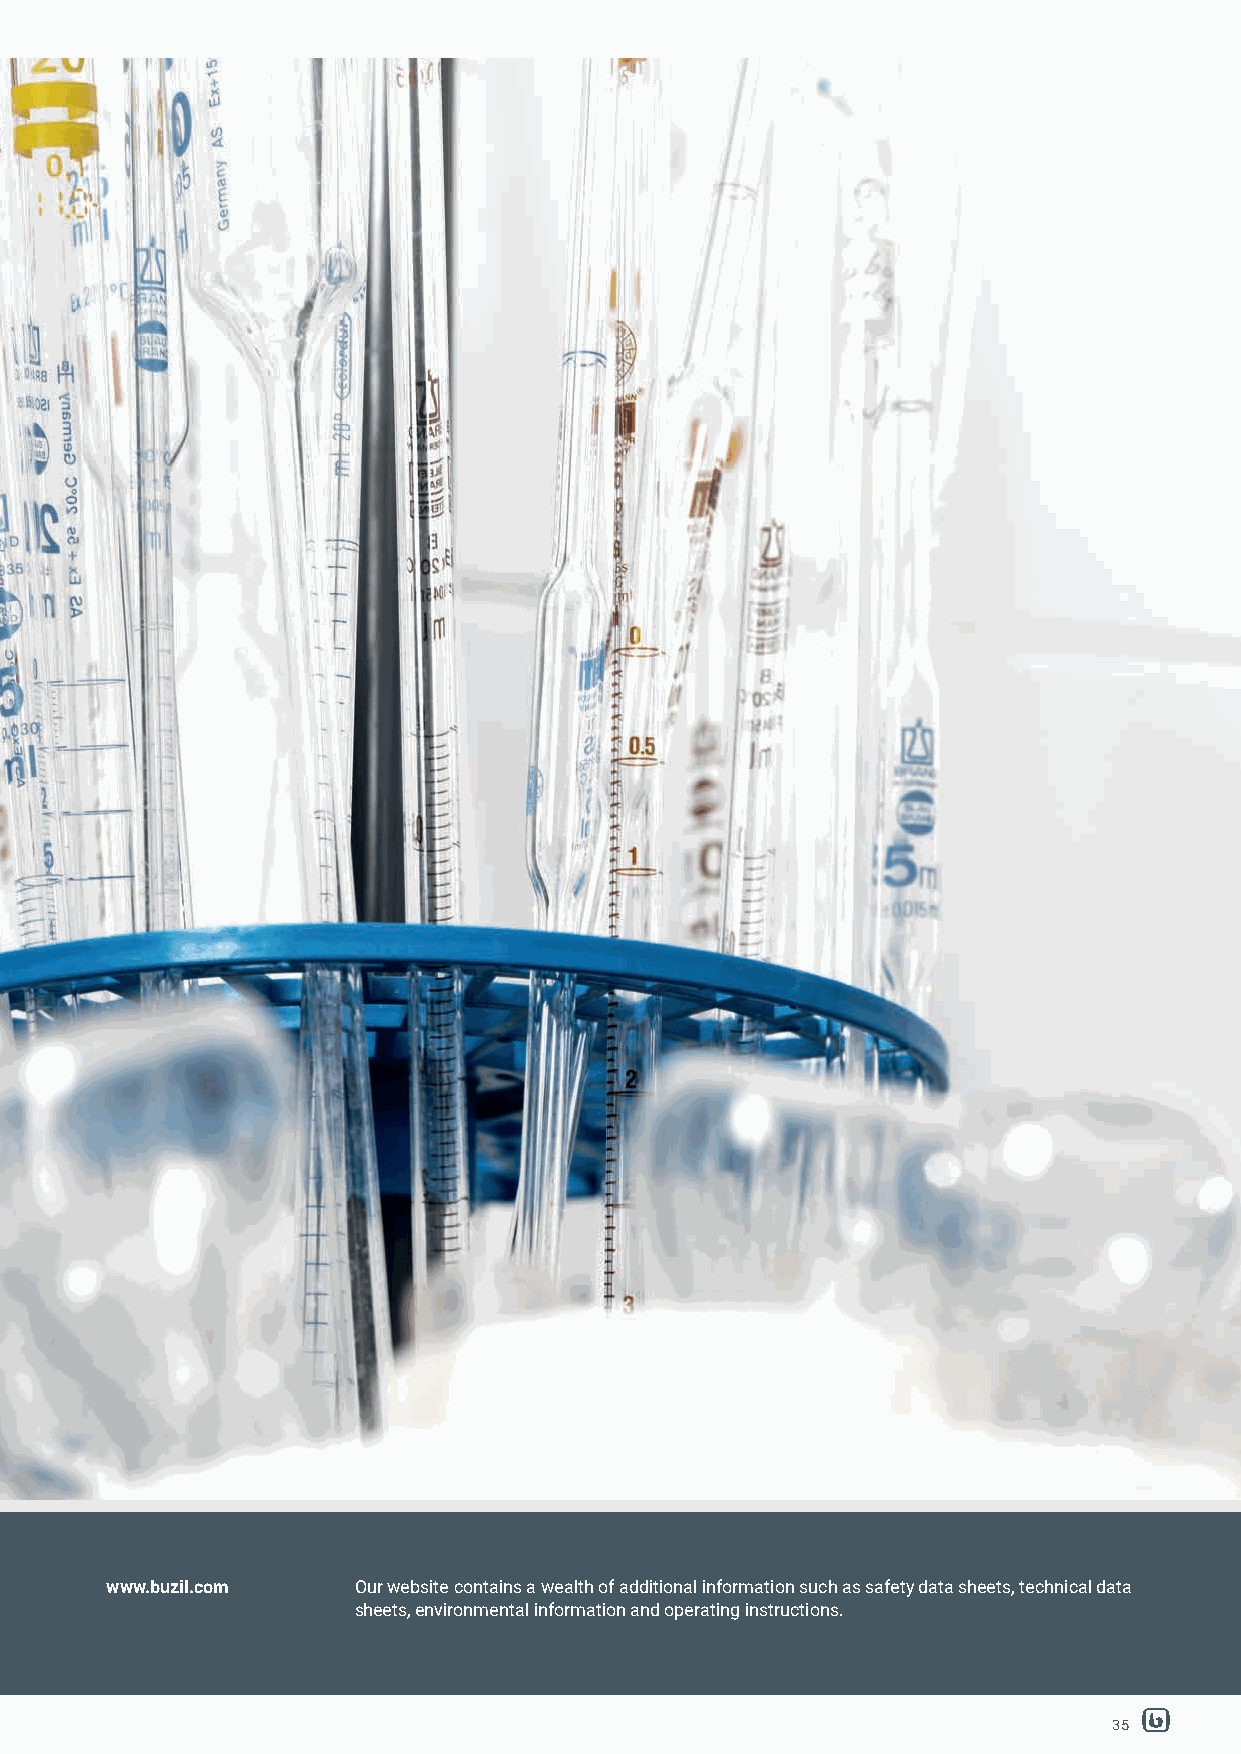
www.buzil.com   Our website contains a wealth of additional information such as safety data sheets, technical data
 sheets, environmental information and operating instructions.
 35